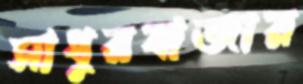
সাধুরবাজার